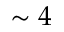
\sim 4